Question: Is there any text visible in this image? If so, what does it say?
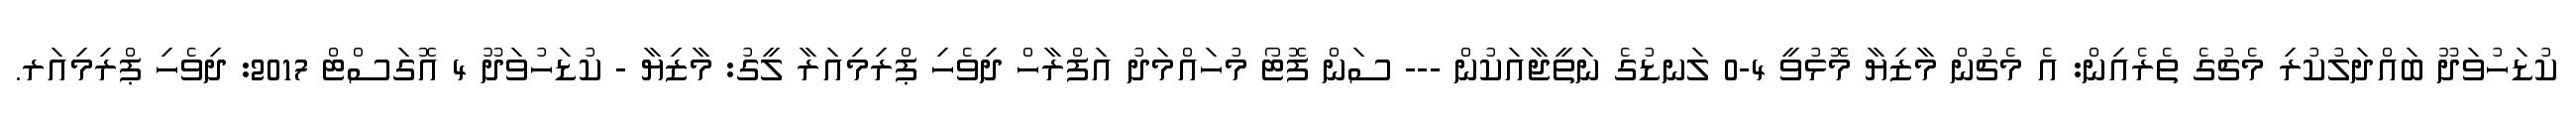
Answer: ކުޑަހުވަދޫ ބައްދަލުކުރި މެޗުގެ ތެރެއިން: އެ މެޗުން މާޒިޔާ މޮޅުވީ 4-0 ލަނޑުގެ ނަތީޖާއަކުން --- ސަން ފޮޓޯ މުހައްމަދު އަފްރާހް ދިވެހި ޕްރިމިއަރާ ލީގު: މާޒިޔާ - ކުޑަހުވަދޫ 4 އޮގަސްޓް 2017: ދިވެހި ޕްރިމިއަރ.